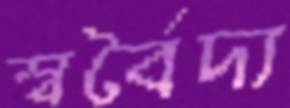
স্বর্বৈদ্য